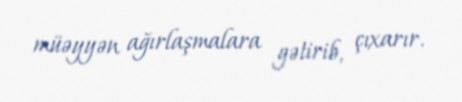
müəyyən ağırlaşmalara gətirib, çıxarır.